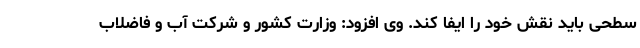
سطحی باید نقش خود را ایفا کند. وی افزود: وزارت کشور و شرکت آب و فاضلاب